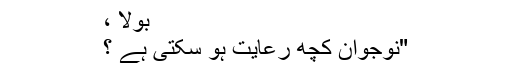
بولا ،
"نوجوان کچھ رعایت ہو سکتی ہے ؟